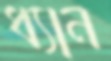
ধ্যান